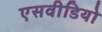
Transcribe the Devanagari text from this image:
एसवीडियो